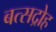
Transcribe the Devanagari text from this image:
बत्सद्रोह